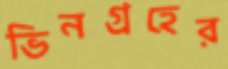
ভিনগ্রহের